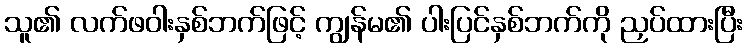
သူ၏ လက်ဖဝါးနှစ်ဘက်ဖြင့် ကျွန်မ၏ ပါးပြင်နှစ်ဘက်ကို ညှပ်ထားပြီး